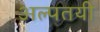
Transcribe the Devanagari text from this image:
अल्पतयी